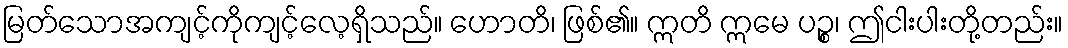
မြတ်သောအကျင့်ကိုကျင့်လေ့ရှိသည်။ ဟောတိ၊ ဖြစ်၏။ ဣတိ ဣမေ ပဉ္စ၊ ဤငါးပါးတို့တည်း။